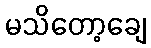
မသိတော့ချေ